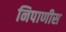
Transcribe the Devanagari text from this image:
निपाणीस